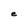
Character: e